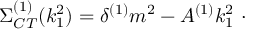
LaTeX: \Sigma _ { C T } ^ { ( 1 ) } ( k _ { 1 } ^ { 2 } ) = \delta ^ { ( 1 ) } m ^ { 2 } - A ^ { ( 1 ) } k _ { 1 } ^ { 2 } \ \cdot